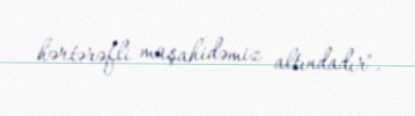
hərtərəfli müşahidəmiz altındadır".